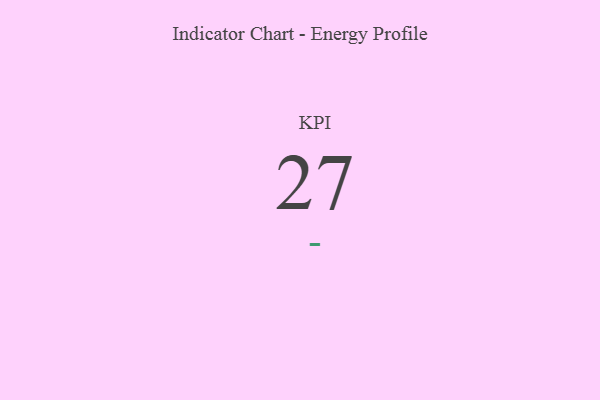
{"axis": {"x": "KPI", "y": "Value"}, "legend": [""], "data": [{"x": "KPI", "y": 27, "type": ""}]}